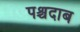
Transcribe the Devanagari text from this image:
पश्चदाब